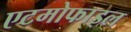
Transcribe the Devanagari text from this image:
एटमोफाइल